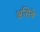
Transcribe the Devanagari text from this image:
असिंबे